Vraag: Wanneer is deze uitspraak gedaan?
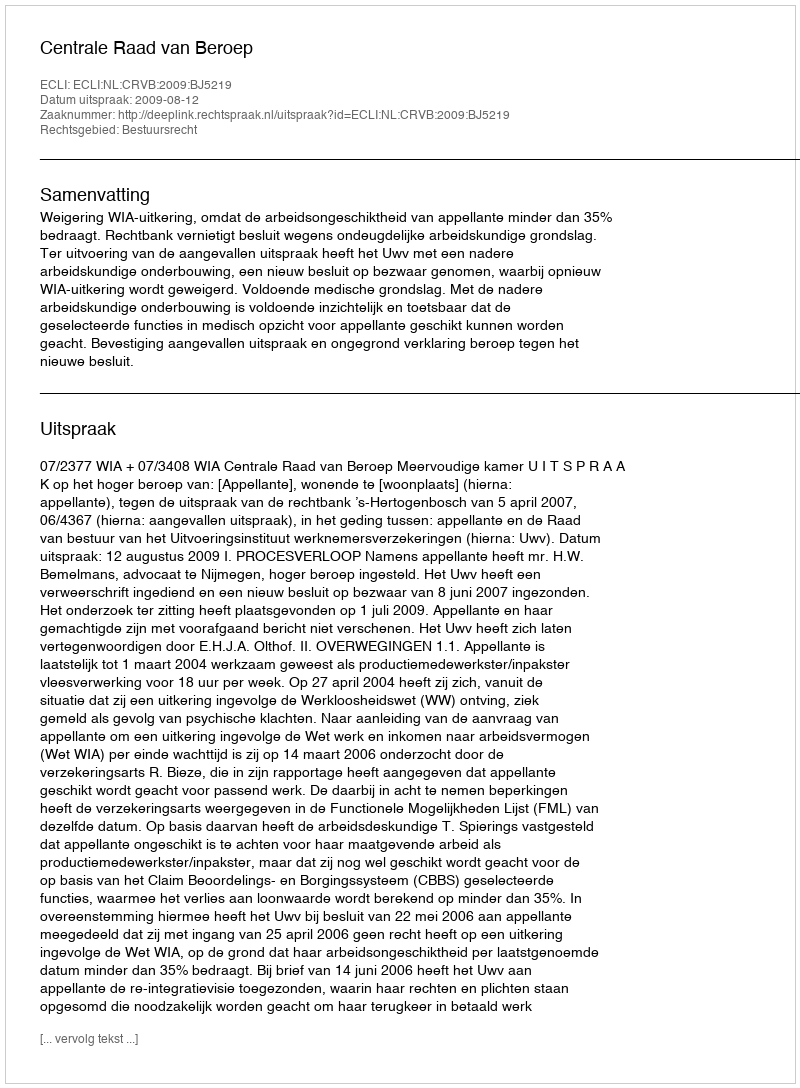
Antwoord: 2009-08-12